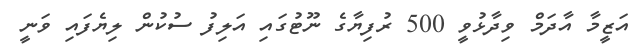
އަޒީމާ އާދަމް ވިދާޅުވީ 500 ރުފިޔާގެ ނޫޓުގައި އަލިފު ސުކުން ލިޔެފައި ވަނީ